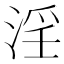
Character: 淫